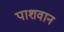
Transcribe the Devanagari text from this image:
पाशवान